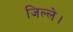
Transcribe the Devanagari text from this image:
जिल्ले।